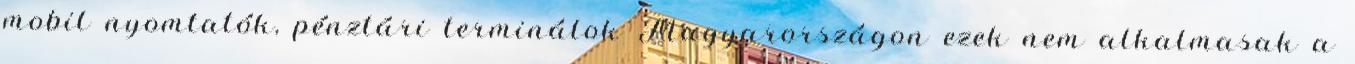
mobil nyomtatók, pénztári terminálok Magyarországon ezek nem alkalmasak a